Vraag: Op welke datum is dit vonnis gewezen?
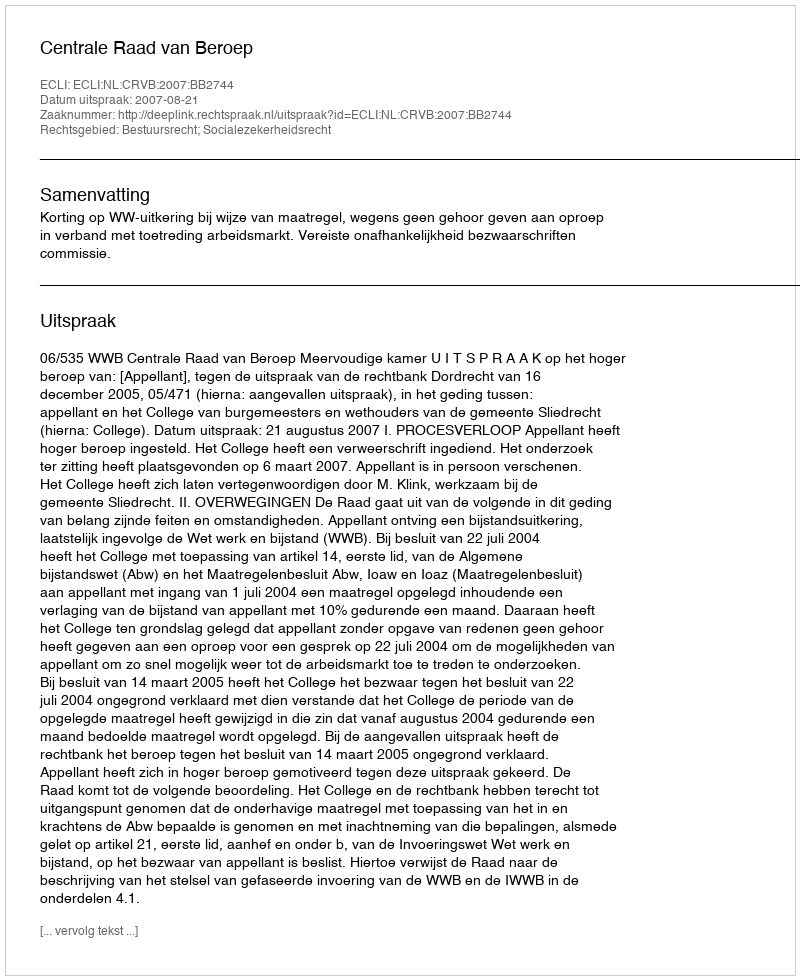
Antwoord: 2007-08-21